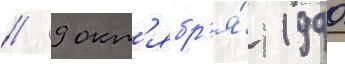
// 9 окт'ябр'я́ 1990